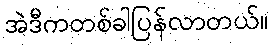
အဲဒီကတစ်ခါပြန်လာတယ်။